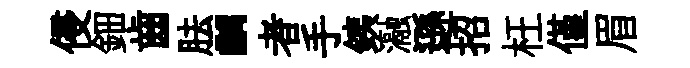
侵鈿齒胠“者手銕瀜遜招枉僅眉